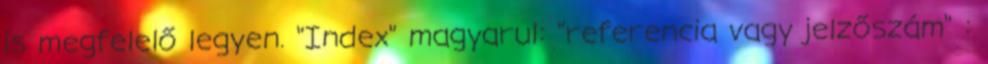
is megfelelő legyen. "Index" magyarul: "referencia vagy jelzőszám" :